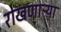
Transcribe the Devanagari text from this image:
रोखणाऱ्या